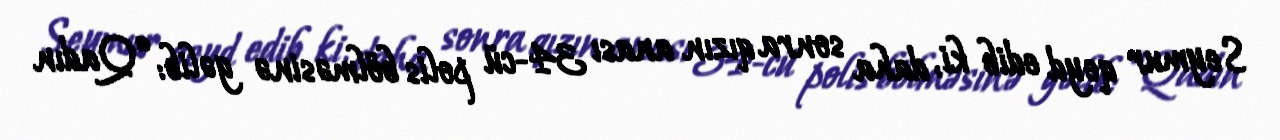
Seymur qeyd edib ki, daha sonra qızın anası 34-cü polis bölməsinə gəlib: “Qadın